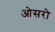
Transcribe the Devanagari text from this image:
ओसरो